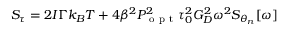
S _ { \tau } = 2 I \Gamma k _ { B } T + 4 \beta ^ { 2 } P _ { \mathrm { ~ o ~ p ~ t ~ } } ^ { 2 } \tau _ { 0 } ^ { 2 } G _ { D } ^ { 2 } \omega ^ { 2 } S _ { \theta _ { n } } [ \omega ]